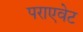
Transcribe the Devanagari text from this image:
पराएवेट